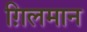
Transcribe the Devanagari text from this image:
ग़िलमान